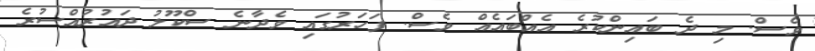
ވެސް. މި ދެ ބައިންކުރެ އެއްބައެއް ވެސް. ފަހަރުގައި ވެދާނެ ސްކޫލު ދައުރުއްސުރެ